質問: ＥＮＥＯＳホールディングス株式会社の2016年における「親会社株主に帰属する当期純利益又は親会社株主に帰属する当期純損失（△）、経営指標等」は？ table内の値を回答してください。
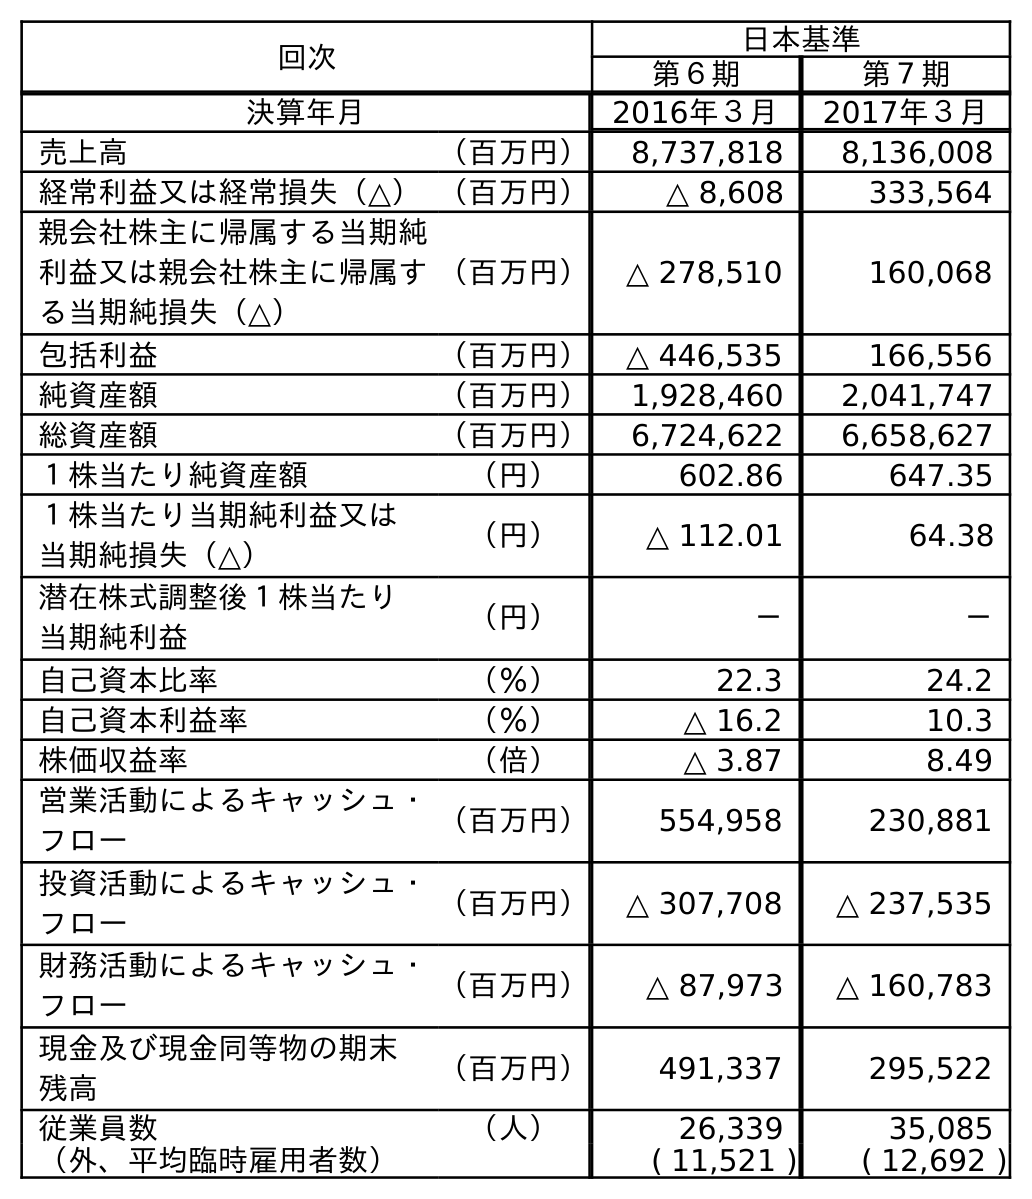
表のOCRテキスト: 回次 日本基準 第６期 第７期 決算年月 2016年３月 2017年３月 売上高 （百万円） 8,737,818 8,136,008 経常利益又は経常損失（△）（百万円） △ 8,608 333,564 親会社株主に帰属する当期純 利益又は親会社株主に帰属す る当期純損失（△） （百万円） △ 278,510 160,068 包括利益 （百万円） △ 446,535 166,556 純資産額 （百万円） 1,928,460 2,041,747 総資産額 （百万円） 6,724,622 6,658,627 １株当たり純資産額 （円） 602.86 647.35 １株当たり当期純利益又は 当期純損失（△） （円） △ 112.01 64.38 潜在株式調整後１株当たり 当期純利益 （円） － － 自己資本比率 （％） 22.3 24.2 自己資本利益率 （％） △ 16.2 10.3 株価収益率 （倍） △ 3.87 8.49 営業活動によるキャッシュ・ フロー （百万円） 554,958 230,881 投資活動によるキャッシュ・ フロー （百万円） △ 307,708 △ 237,535 財務活動によるキャッシュ・ フロー （百万円） △ 87,973 △ 160,783 現金及び現金同等物の期末 残高 （百万円） 491,337 295,522 従業員数 （人） 26,339 35,085 （外、平均臨時雇用者数） ( 11,521 ) ( 12,692 )
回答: △278,510